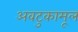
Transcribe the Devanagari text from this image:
अवटुकामूल